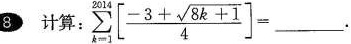
8 计算$$\sum_{k=1}^{2014}\left[\frac{-3+\sqrt{8 k+1}}{4}\right]=___$$.